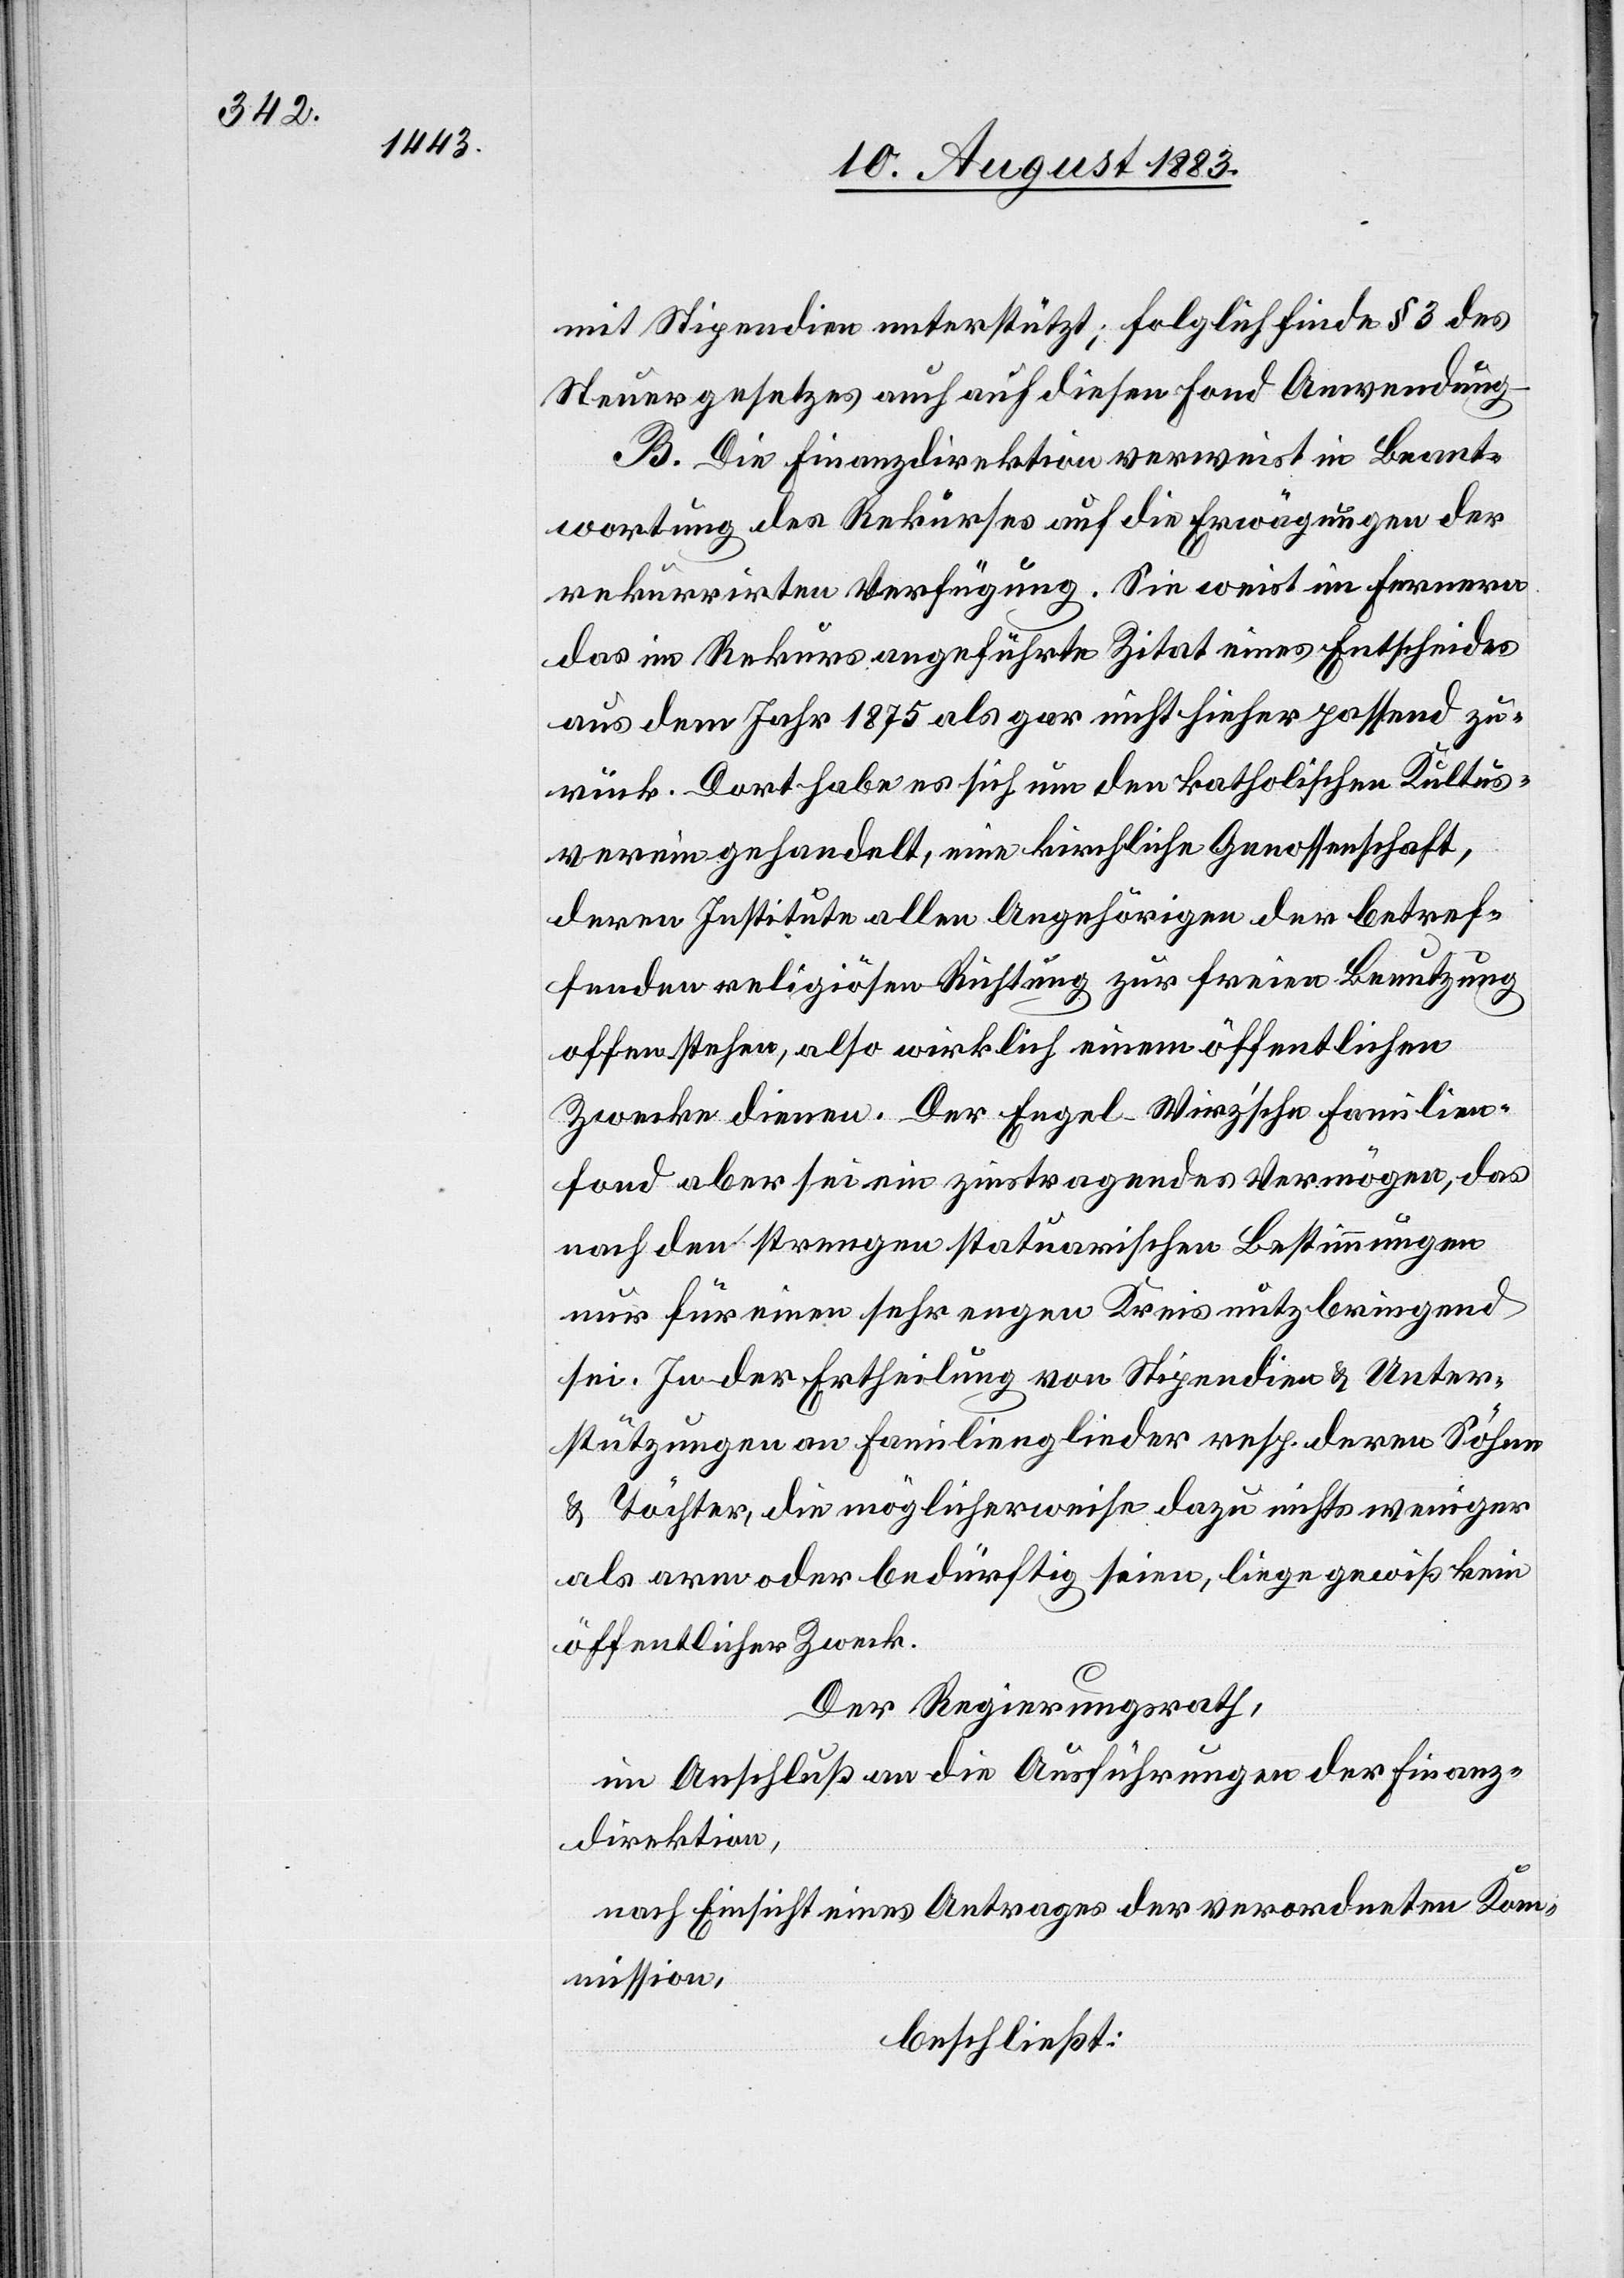
mit Stipendien unterstützt; folglich finde § 3 des
Steuergesetzes auch auf diesen Fond Anwendung.
B. Die Finanzdirektion verweist in Beant¬
wortung des Rekurses auf die Erwägungen der
rekurrirten Verfügung. Sie weist im Fernern
das im Rekurs angeführte Zitat eines Entscheides
aus dem Jahr 1875 als gar nicht hieher passend zu¬
rück. Dort habe es sich um den katholischen Kultus¬
verein gehandelt, eine kirchliche Genossenschaft,
deren Institute allen Angehörigen der betref¬
fenden religiösen Richtung zur freien Benutzung
offen stehen, also wirklich einem öffentlichen
Zwecke dienen. Der Engel-Wirz’sche Familien¬
fond aber sei ein zinstragendes Vermögen, das
nach den strengen statuarischen Bestimmungen
nur für einen sehr engen Kreis nutzbringen
sei. In der Ertheilung von Stipendien & Unter¬
stützungen an Familienmitglieder resp. deren Söhne
& Töchter, die möglicherweise dazu nichts weniger
als arm oder bedürftig seien, liege gewiß kein
öffentlicher Zweck.
Der Regierungsrath,
im Anschluß an die Ausführungen der Finanz¬
direktion,
nach Einsicht eines Antrages der verordneten Kom¬
mission,
beschließt: